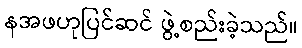
နအဖဟုပြင်ဆင် ဖွဲ့စည်းခဲ့သည်။